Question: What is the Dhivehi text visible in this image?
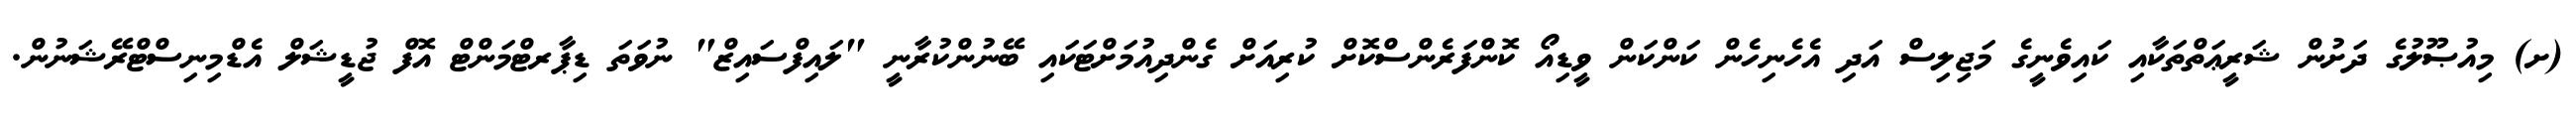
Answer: (ށ) މިއުޞޫލުގެ ދަށުން ޝަރީޢަތްތަކާއި ކައިވެނީގެ މަޖިލިސް އަދި އެހެނިހެން ކަންކަން ވީޑިއޯ ކޮންފަރެންސްކޮށް ކުރިއަށް ގެންދިއުމަށްޓަކައި ބޭނުންކުރާނީ "ލައިފްސައިޒް" ނުވަތަ ޑިޕާރޓްމަންޓް އޮފް ޖުޑީޝަލް އެޑްމިނިސްޓްރޭޝަނުން.